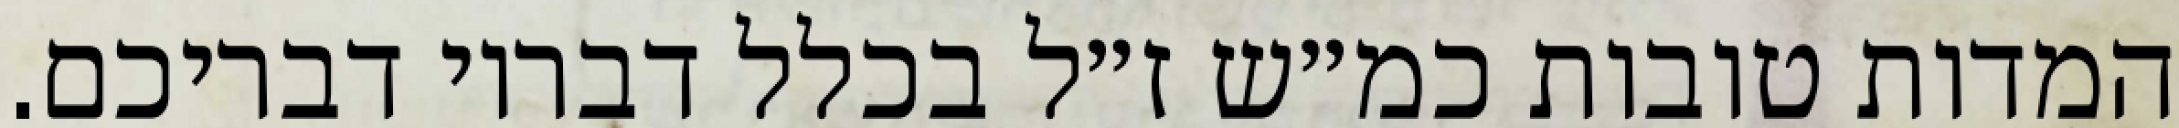
המדות טובות כמ״ש ז״ל בכלל דבריו דבריכם.